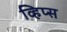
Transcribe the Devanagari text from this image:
व्हिप्स